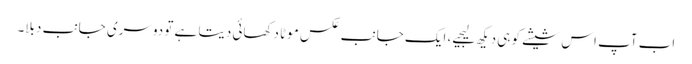
اب آپ اس شیشے کو ہی دیکھ لیجیے، ایک جانب عکس موٹا دکھائی دیتا ہے تو دوسری جانب دبلا۔